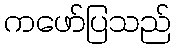
ကဖော်ပြသည်